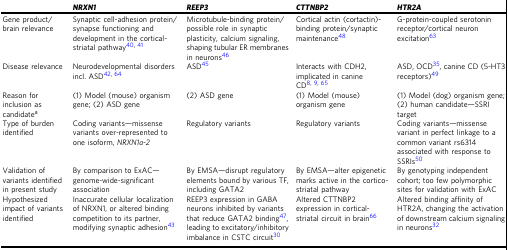
<table><thead><tr><td></td><td><b><i>NRXN1</i></b></td><td><b><i>REEP3</i></b></td><td><b><i>CTTNBP2</i></b></td><td><b><i>HTR2A</i></b></td></tr></thead><tbody><tr><td>Gene product/brain relevance</td><td>Synaptic cell-adhesion protein/synapse functioning and development in the cortical-striatal pathway<sup>40, 41</sup></td><td>Microtubule-binding protein/possible role in synaptic plasticity, calcium signaling, shaping tubular ER membranes in neurons<sup>46</sup></td><td>Cortical actin (cortactin)-binding protein/synaptic maintenance<sup>48</sup></td><td>G-protein-coupled serotonin receptor/cortical neuron excitation<sup>63</sup></td></tr><tr><td>Disease relevance</td><td>Neurodevelopmental disorders incl. ASD<sup>42, 64</sup></td><td>ASD<sup>45</sup></td><td>Interacts with CDH2, implicated in canine CD<sup>8, 9, 65</sup></td><td>ASD, OCD<sup>35</sup>, canine CD (5-HT3 receptors)<sup>49</sup></td></tr><tr><td>Reason for inclusion as candidate<sup>a</sup></td><td>(1) Model (mouse) organism gene; (2) ASD gene</td><td>(2) ASD gene</td><td>(1) Model (mouse) organism gene</td><td>(1) Model (dog) organism gene; (2) human candidate—SSRI target</td></tr><tr><td>Type of burden identified</td><td>Coding variants—missense variants over-represented to one isoform, <i>NRXN1a-2</i></td><td>Regulatory variants</td><td>Regulatory variants</td><td>Coding variants—missense variant in perfect linkage to a common variant rs6314 associated with response to SSRIs<sup>50</sup></td></tr><tr><td>Validation of variants identified in present study</td><td>By comparison to ExAC—genome-wide-significant association</td><td>By EMSA—disrupt regulatory elements bound by various TF, including GATA2</td><td>By EMSA—alter epigenetic marks active in the cortico-striatal pathway</td><td>By genotyping independent cohort; too few polymorphic sites for validation with ExAC</td></tr><tr><td>Hypothesized impact of variants identified</td><td>Inaccurate cellular localization of NRXN1, or altered binding competition to its partner, modifying synaptic adhesion<sup>43</sup></td><td>REEP3 expression in GABA neurons inhibited by variants that reduce GATA2 binding<sup>47</sup>, leading to excitatory/inhibitory imbalance in CSTC circuit<sup>30</sup></td><td>Altered CTTNBP2 expression in cortical-striatal circuit in brain<sup>66</sup></td><td>Altered binding affinity of HTR2A, changing the activation of downstream calcium signaling in neurons<sup>32</sup></td></tr></tbody></table>